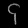
Digit: ၄